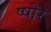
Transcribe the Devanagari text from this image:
ष्षोर